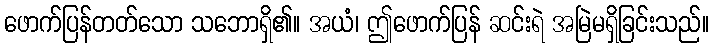
ဖောက်ပြန်တတ်သော သဘောရှိ၏။ အယံ၊ ဤဖောက်ပြန် ဆင်းရဲ အမြဲမရှိခြင်းသည်။